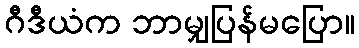
ဂီဒီယံက ဘာမျှပြန်မပြော။